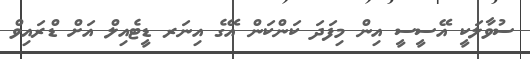
ސުވާލަކީ އޭސީސީ އިން މިފަދަ ކަންކަން އޭގެ އިނަރ ޑީޓެއިލް އަށް ޑްރައިވް